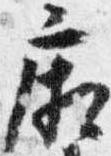
廂